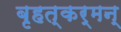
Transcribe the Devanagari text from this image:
बृहत्कर्मन्